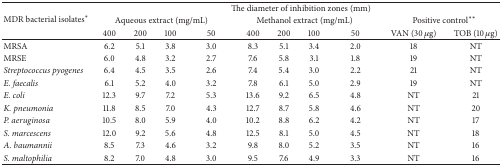
<table><thead><tr><td rowspan="3"><b>MDR bacterial isolates<sup><i>∗</i></sup></b></td><td colspan="10"><b>The diameter of inhibition zones (mm)</b></td></tr><tr><td colspan="4"><b> Aqueous extract (mg/mL)</b></td><td colspan="4"><b> Methanol extract (mg/mL)</b></td><td colspan="2"><b>Positive control<sup><i>∗∗</i></sup></b></td></tr><tr><td><b>400</b></td><td><b>200</b></td><td><b>100</b></td><td><b>50</b></td><td><b>400</b></td><td><b>200</b></td><td><b>100</b></td><td><b>50</b></td><td><b>VAN (30 <i>μ</i>g)</b></td><td><b>TOB (10 <i>μ</i>g)</b></td></tr></thead><tbody><tr><td>MRSA</td><td>6.2</td><td>5.1</td><td>3.8</td><td>3.0</td><td>8.3</td><td>5.1</td><td>3.4</td><td>2.0</td><td>18</td><td>NT</td></tr><tr><td>MRSE</td><td>6.0</td><td>4.8</td><td>3.2</td><td>2.7</td><td>7.6</td><td>5.8</td><td>3.1</td><td>1.8</td><td>19</td><td>NT</td></tr><tr><td><i>Streptococcus pyogenes</i></td><td>6.4</td><td>4.5</td><td>3.5</td><td>2.6</td><td>7.4</td><td>5.4</td><td>3.0</td><td>2.2</td><td>21</td><td>NT</td></tr><tr><td><i>E. faecalis</i></td><td>6.1</td><td>5.2</td><td>4.0</td><td>3.2</td><td>7.8</td><td>6.1</td><td>5.0</td><td>2.9</td><td>19</td><td>NT</td></tr><tr><td><i>E. coli</i></td><td>12.3</td><td>9.7</td><td>7.2</td><td>5.3</td><td>13.6</td><td>9.2</td><td>6.5</td><td>4.8</td><td>NT</td><td>21</td></tr><tr><td><i>K. pneumonia</i></td><td>11.8</td><td>8.5</td><td>7.0</td><td>4.3</td><td>12.7</td><td>8.7</td><td>5.8</td><td>4.6</td><td>NT</td><td>20</td></tr><tr><td><i>P. aeruginosa</i></td><td>10.5</td><td>8.0</td><td>5.9</td><td>4.0</td><td>10.2</td><td>8.8</td><td>6.2</td><td>4.2</td><td>NT</td><td>17</td></tr><tr><td><i>S. marcescens</i></td><td>12.0</td><td>9.2</td><td>5.6</td><td>4.8</td><td>12.5</td><td>8.1</td><td>5.0</td><td>4.5</td><td>NT</td><td>18</td></tr><tr><td><i>A. baumannii</i></td><td>8.5</td><td>7.3</td><td>4.6</td><td>3.2</td><td>9.8</td><td>8.0</td><td>5.2</td><td>3.5</td><td>NT</td><td>16</td></tr><tr><td><i>S. maltophilia</i></td><td>8.2</td><td>7.0</td><td>4.8</td><td>3.0</td><td>9.5</td><td>7.6</td><td>4.9</td><td>3.3</td><td>NT</td><td>16</td></tr></tbody></table>